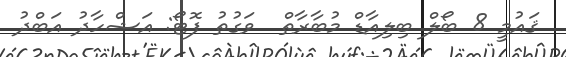
ޤައުމީ 8 ބޯލް ބިލިއާޑް މުބާރާތް  ވަގުތު ފޮޓޯ: އަޝްހާދު އަބްދު